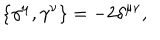
\{ \gamma ^ { \mu } , \gamma ^ { \nu } \} = - 2 \delta ^ { \mu \nu } ,